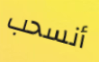
أنسحب